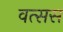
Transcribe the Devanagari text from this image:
वत्सस